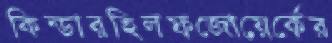
কিন্ডারহিলফজোয়ের্কের